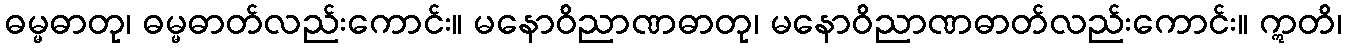
ဓမ္မဓာတု၊ ဓမ္မဓာတ်လည်းကောင်း။ မနောဝိညာဏဓာတု၊ မနောဝိညာဏဓာတ်လည်းကောင်း။ ဣတိ၊